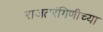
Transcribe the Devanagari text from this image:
राजतरंगिणीच्या